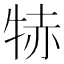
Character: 𤙮